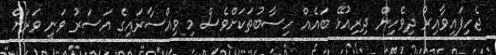
ޖެހިފައިވާއިރު ދިވެހިން ދިރިއުޅޭ ބައެއް ހިސާބުތަކަށްވެސް މި ވިއްސާރައިގެ އަސަރު ވަނީ ވަރަށް